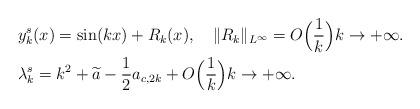
LaTeX: \begin{align*} &y_k^s(x)=\sin (kx)+R_k(x), \quad\|R_k\|_{L^\infty}= O\Big(\frac1k\Big) k\to+\infty. \\ &\lambda_k^s =k^2+\widetilde a -\frac{1}{2 }a_{c,2k}+O\Big(\frac1k\Big) k\to+\infty.\end{align*}